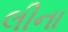
લીના